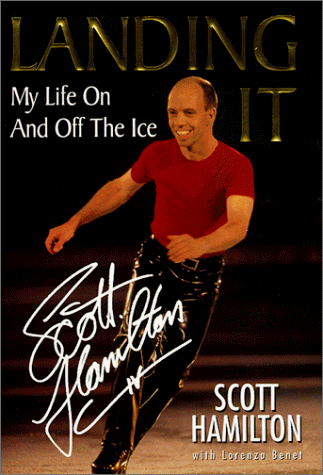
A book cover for Landing It: My Life On And Off The Ice; Scott Hamilton; Sports & Outdoors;